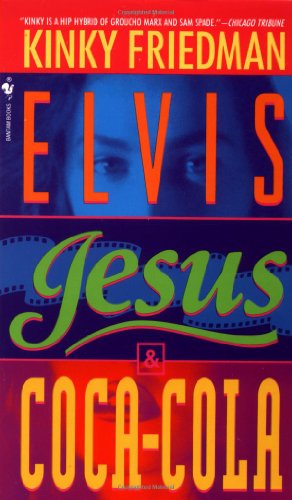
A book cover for Elvis, Jesus and Coca-Cola (Kinky Friedman Novels); Kinky Friedman; Crafts, Hobbies & Home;